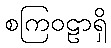
စကြဝဠာရှိ